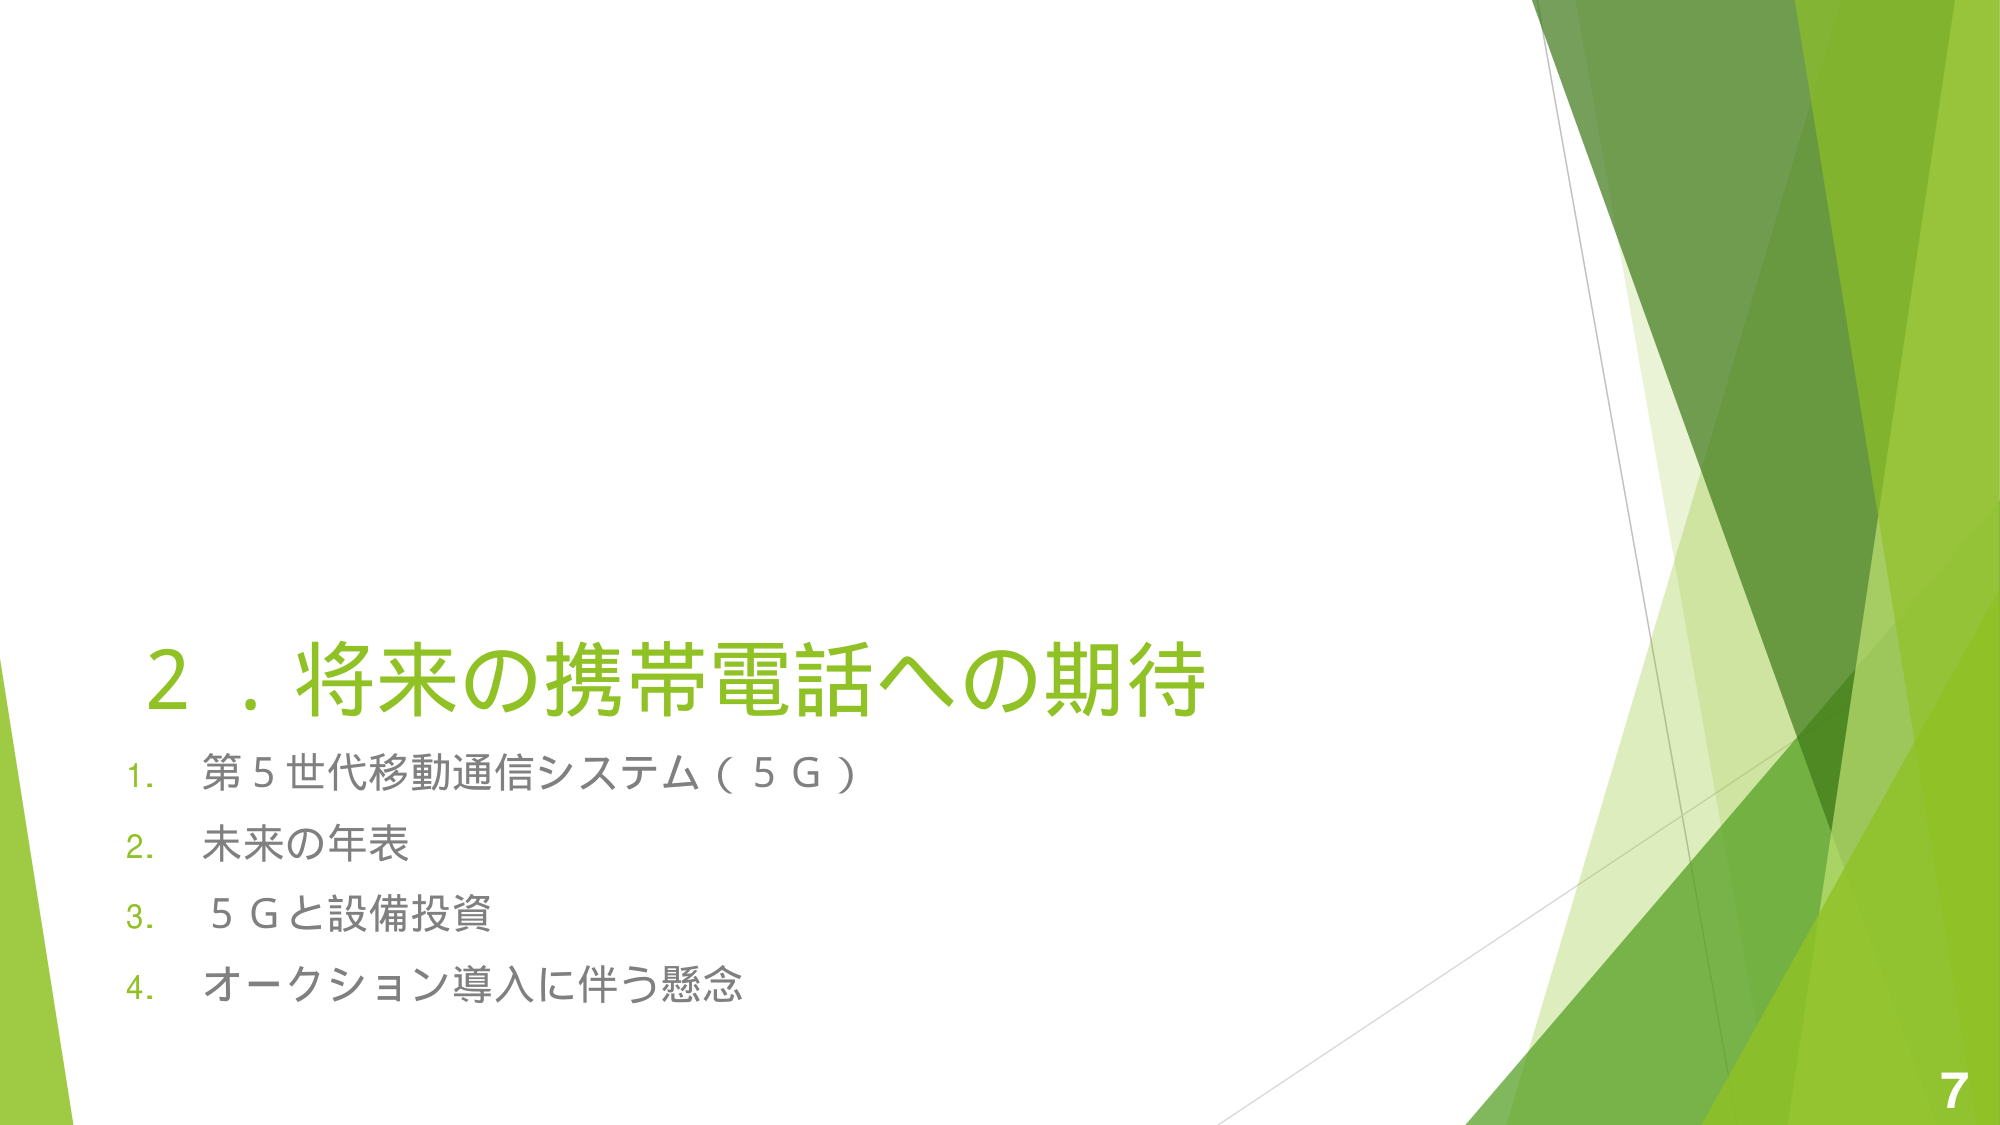
2．将来的携帯電話への期待
1. 第5世代移動通信システム（5G）
2. 未来の年表
3. 5Gと設備投資
4. オークション導入に伴う懸念
7